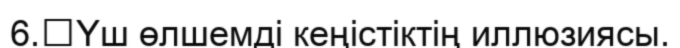
6.	Үш өлшемді кеңістіктің иллюзиясы.